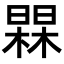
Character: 𭬀